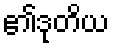
၏ဒုတိယ